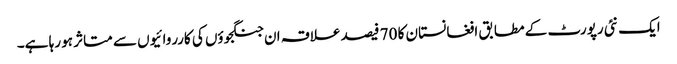
ایک نئی رپورٹ کے مطابق افغانستان کا 70 فیصد علاقہ ان جنگجوؤں کی کارروائیوں سے متاثر ہو رہا ہے۔